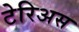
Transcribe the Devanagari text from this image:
टेरिअस